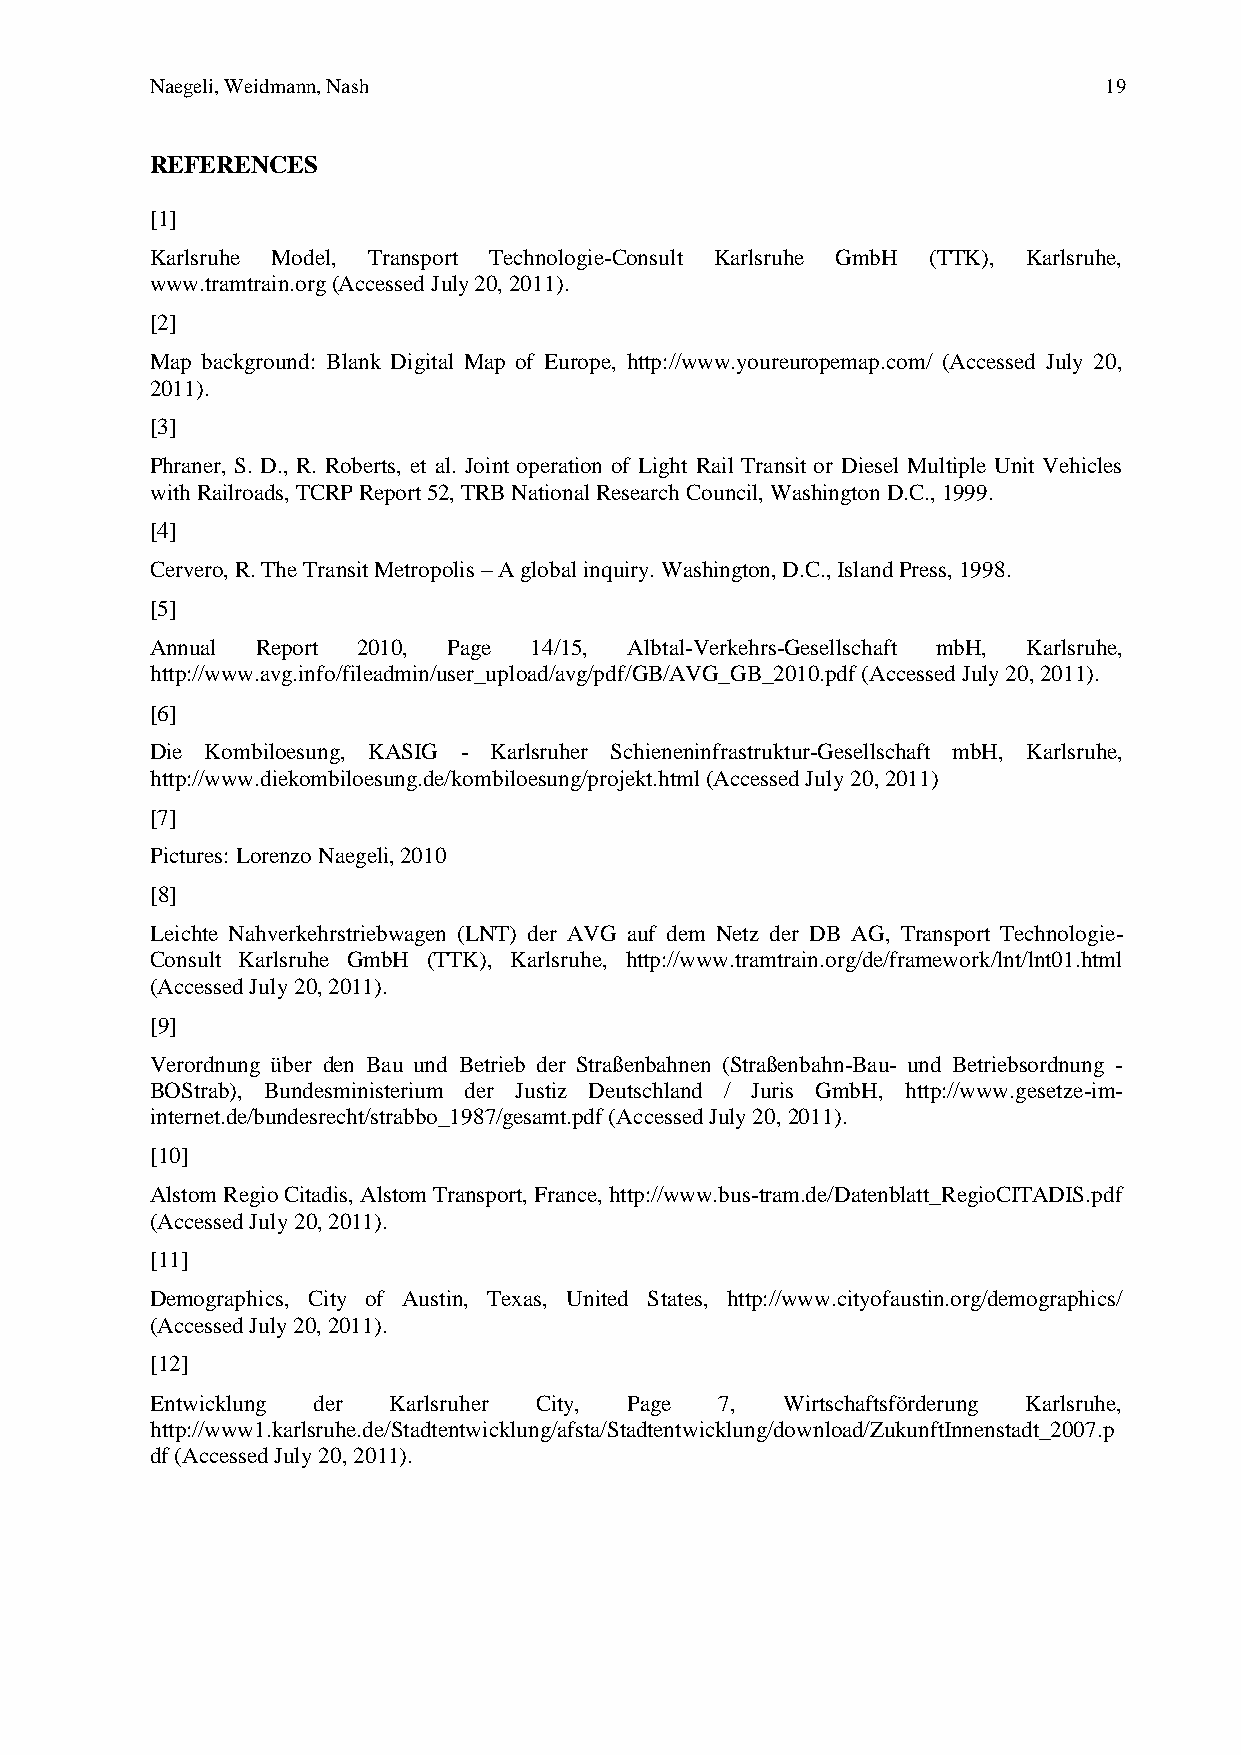
Naegeli, Weidmann, Nash                                        19
 REFERENCES
 [1]
 Karlsruhe Model, Transport Technologie-Consult Karlsruhe GmbH (TTK), Karlsruhe,
 www.tramtrain.org (Accessed July 20, 2011).
 [2]
 Map background: Blank Digital Map of Europe, http://www.youreuropemap.com/ (Accessed July 20,
 2011).
 [3]
 Phraner, S. D., R. Roberts, et al. Joint operation of Light Rail Transit or Diesel Multiple Unit Vehicles
 with Railroads, TCRP Report 52, TRB National Research Council, Washington D.C., 1999.
 [4]
 Cervero, R. The Transit Metropolis – A global inquiry. Washington, D.C., Island Press, 1998.
 [5]
 Annual Report 2010, Page 14/15, Albtal-Verkehrs-Gesellschaft mbH, Karlsruhe,
 http://www.avg.info/fileadmin/user_upload/avg/pdf/GB/AVG_GB_2010.pdf (Accessed July 20, 2011).
 [6]
 Die Kombiloesung, KASIG - Karlsruher Schieneninfrastruktur-Gesellschaft mbH, Karlsruhe,
 http://www.diekombiloesung.de/kombiloesung/projekt.html (Accessed July 20, 2011)
 [7]
 Pictures: Lorenzo Naegeli, 2010
 [8]
 Leichte Nahverkehrstriebwagen (LNT) der AVG auf dem Netz der DB AG, Transport Technologie-
 Consult Karlsruhe GmbH (TTK), Karlsruhe, http://www.tramtrain.org/de/framework/lnt/lnt01.html
 (Accessed July 20, 2011).
 [9]
 Verordnung über den Bau und Betrieb der Straßenbahnen (Straßenbahn-Bau- und Betriebsordnung -
 BOStrab), Bundesministerium der Justiz Deutschland / Juris GmbH, http://www.gesetze-im-
 internet.de/bundesrecht/strabbo_1987/gesamt.pdf (Accessed July 20, 2011).
 [10]
 Alstom Regio Citadis, Alstom Transport, France, http://www.bus-tram.de/Datenblatt_RegioCITADIS.pdf
 (Accessed July 20, 2011).
 [11]
 Demographics, City of Austin, Texas, United States, http://www.cityofaustin.org/demographics/
 (Accessed July 20, 2011).
 [12]
 Entwicklung der Karlsruher City, Page 7,  Wirtschaftsförderung Karlsruhe,
 http://www1.karlsruhe.de/Stadtentwicklung/afsta/Stadtentwicklung/download/ZukunftInnenstadt_2007.p
 df (Accessed July 20, 2011).